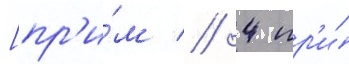
[пр'и́м // 4 пр'и́